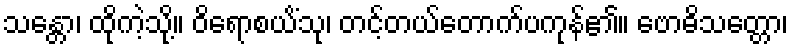
သန္တော၊ ထိုကဲ့သို့။ ဝိရောစယိံသု၊ တင့်တယ်တောက်ပကုန်၏။ ဗောဓိသတ္တော၊